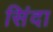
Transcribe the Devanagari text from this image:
सिंदा